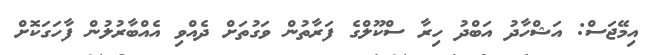
އިމޭޖަސް: އަޝްހާދު އަބްދު ހިރާ ސްކޫލްގެ ފަރާތުން ވަގުތަށް ދެއްވި އެއްބާރުލުން ފާހަގަކޮށް